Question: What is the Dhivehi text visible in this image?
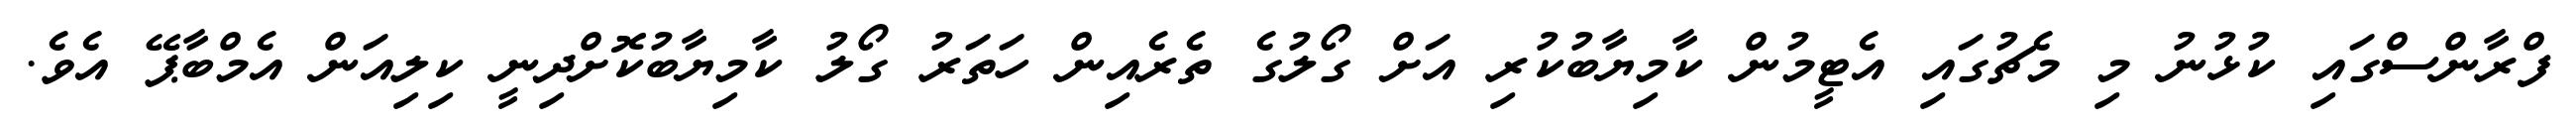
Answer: ފްރާންސްގައި ކުޅުނު މި މެޗުގައި އެޓީމުން ކާމިޔާބުކުރި އަށް ގޯލުގެ ތެރެއިން ހަތަރު ގޯލު ކާމިޔާބުކޮށްދިނީ ކިލިއަން އެމްބާޕޭ އެވެ.